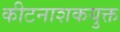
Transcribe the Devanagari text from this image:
कीटनाशकयुक्त